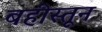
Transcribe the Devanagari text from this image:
बहीस्तून